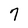
Character: 7